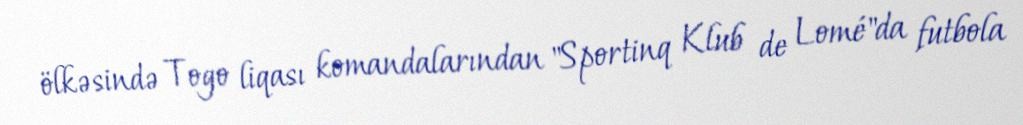
ölkəsində Togo liqası komandalarından "Sportinq Klub de Lomé"da futbola